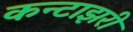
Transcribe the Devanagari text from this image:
कन्टाझरी